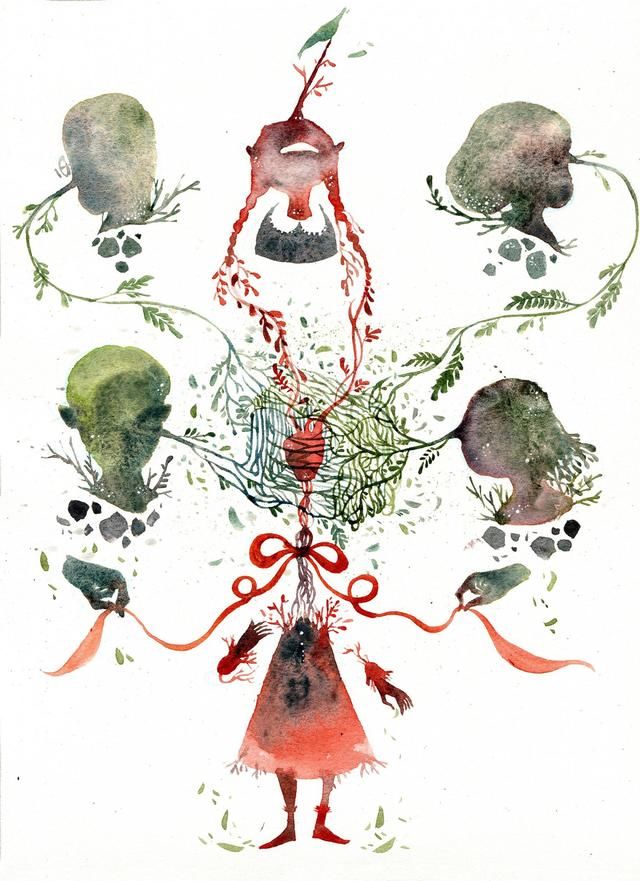
众口铄金，积毁销骨。